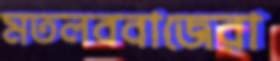
মতলববাজেরা